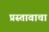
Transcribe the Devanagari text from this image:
प्रस्तावाचा